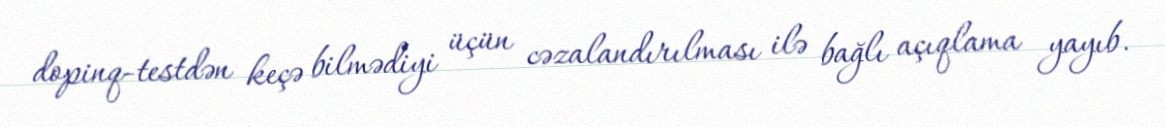
dopinq-testdən keçə bilmədiyi üçün cəzalandırılması ilə bağlı açıqlama yayıb.